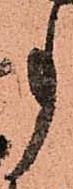
事